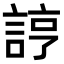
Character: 𧨑